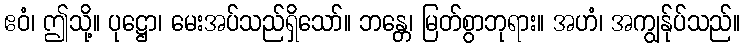
ဧဝံ၊ ဤသို့။ ပုဋ္ဌော၊ မေးအပ်သည်ရှိသော်။ ဘန္တေ၊ မြတ်စွာဘုရား။ အဟံ၊ အကျွန်ုပ်သည်။